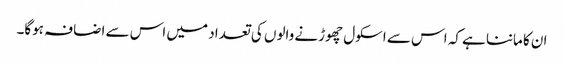
ان کا ماننا ہے کہ اس سے اسکول چھوڑنے والوں کی تعداد میں اس سے اضافہ ہوگا۔